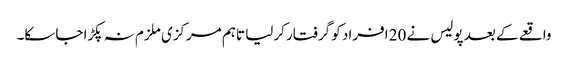
واقعے کے بعد پولیس نے 20 افراد کو گرفتار کرلیا تاہم مرکزی ملزم نہ پکڑا جاسکا۔